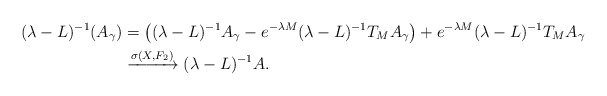
\begin{align*}(\lambda -L)^{-1}(A_{\gamma}) & = \left((\lambda -L)^{-1}A_{\gamma}-e^{-\lambda M}(\lambda -L)^{-1}T_MA_{\gamma} \right) +e^{-\lambda M}(\lambda -L)^{-1}T_MA_{\gamma} \\ & \xrightarrow{\sigma(X,F_2)} (\lambda -L)^{-1}A.\end{align*}